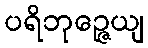
ပရိဘုဉ္ဇေယျ